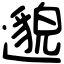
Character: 邈